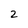
Character: 2